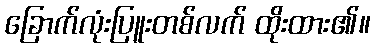
ခြောက်လုံးပြူးတစ်လက် ထိုးထား၏။